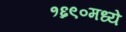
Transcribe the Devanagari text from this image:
१६९०मध्ये